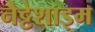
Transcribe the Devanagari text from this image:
नैट्टेशाइम